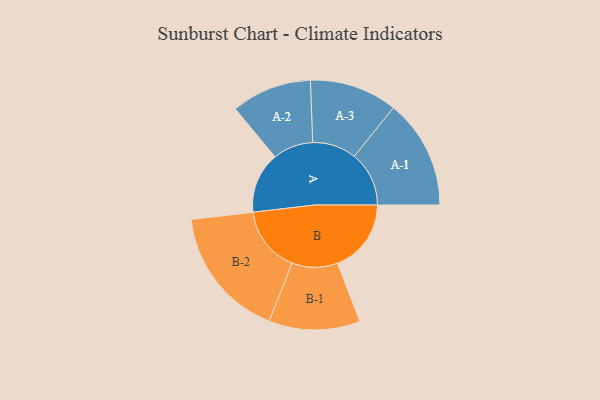
{"axis": {"x": "Segment", "y": "Value"}, "legend": ["", "A", "B"], "data": [{"x": "A", "y": 235, "type": ""}, {"x": "B", "y": 284, "type": ""}, {"x": "A-1", "y": 211, "type": "A"}, {"x": "A-2", "y": 155, "type": "A"}, {"x": "A-3", "y": 169, "type": "A"}, {"x": "B-1", "y": 176, "type": "B"}, {"x": "B-2", "y": 255, "type": "B"}]}